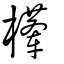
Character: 檋